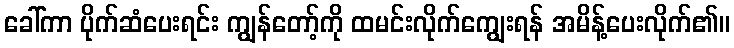
ခေါ်ကာ ပိုက်ဆံပေးရင်း ကျွန်တော့်ကို ထမင်းလိုက်ကျွေးရန် အမိန့်ပေးလိုက်၏။